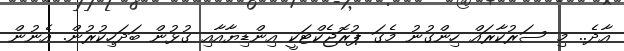
އާދެ.. މި ސަރުކާރައް ހިންގުނު މެގަ ޕުރޮޖެކްޓަކީ އިންޑިޔާއާއި ގުޅުން ބަދަހިކުރުން. އެނުން